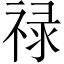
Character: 禄